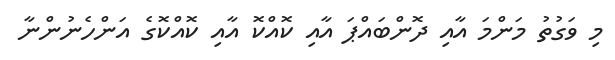
މި ވަގުތު މަންމަ އާއި ދޮންބައްޕަ އާއި ކޮއްކޮ އާއި ކޮއްކޮގެ އަންހެނުންނާ